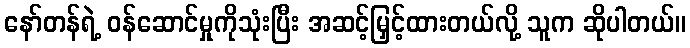
နော်တန်ရဲ့ ဝန်ဆောင်မှုကိုသုံးပြီး အဆင့်မြှင့်ထားတယ်လို့ သူက ဆိုပါတယ်။